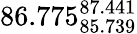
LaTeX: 86.775_{85.739}^{87.441}